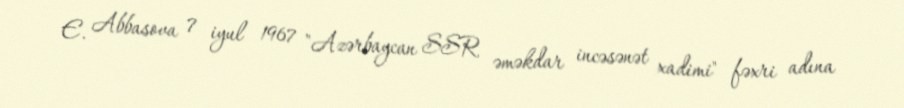
E. Abbasova 7 iyul 1967 "Azərbaycan SSR əməkdar incəsənət xadimi" fəxri adına